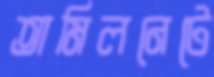
তামিলনেটে